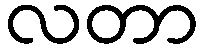
လတာ